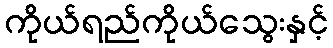
ကိုယ်ရည်ကိုယ်သွေးနှင့်